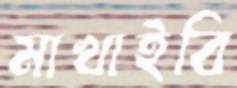
মাখাইবি